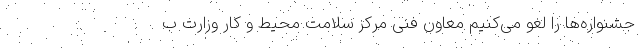
جشنواره‌ها را لغو می‌کنیم معاون فنی مرکز سلامت محیط و کار وزارت ب